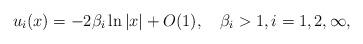
LaTeX: \begin{align*}u_i(x)=-2\beta_i\ln |x|+O(1), \quad\beta_i>1,i=1,2, \infty,\end{align*}